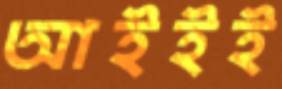
আইইই